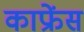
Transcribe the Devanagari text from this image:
काफ्रेंस